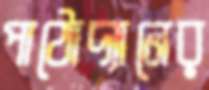
পাঠোদ্যানের